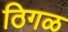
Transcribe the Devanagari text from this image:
ठिगळ